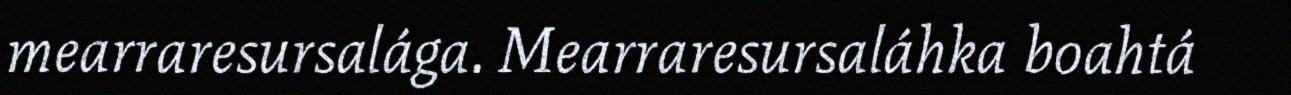
mearraresursalága. Mearraresursaláhka boahtá